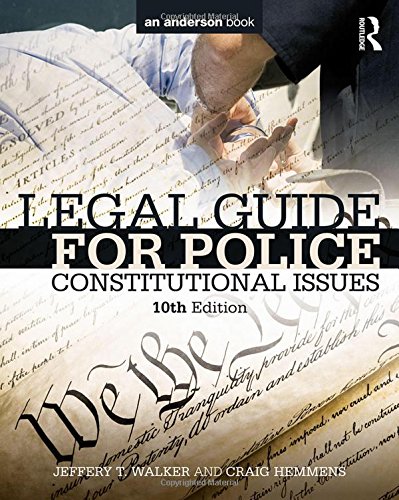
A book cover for Legal Guide for Police: Constitutional Issues; Jeffery T. Walker; Law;